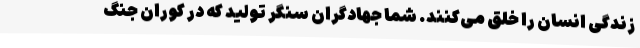
زندگی انسان را خلق می‌کنند. شما جهادگران سنگر تولید که در کوران جنگ